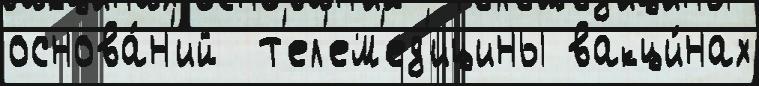
основа́н'ий  т'ел'ем'ед'ицины вакци́нах